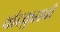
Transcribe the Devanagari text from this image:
चांदकुडाची